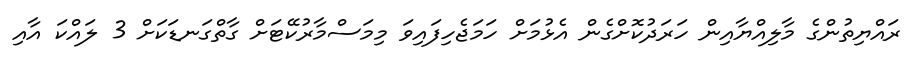
ރައްޔިތުންގެ މާލިއްޔާއިން ހަރަދުކޮށްގެން އެޅުމަށް ހަމަޖެހިފައިވަ މިމަސްމާރުކޭޓަށް ގާތްގަނޑަކަށް 3 ލައްކަ އާއި